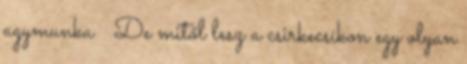
agymunka 🙂 De mitől lesz a csirkecsíkon egy olyan